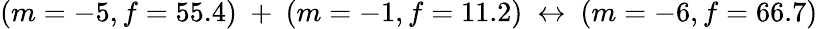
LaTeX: (m=-5,f=55.4)\ +\ (m=-1,f=11.2)\ \leftrightarrow\ (m=-6,f=66.7)